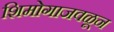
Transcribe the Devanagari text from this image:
शिमोगाजवळून